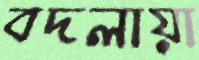
বদলায়া